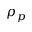
\rho _ { p }